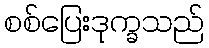
စစ်ပြေးဒုက္ခသည်